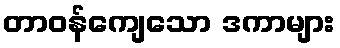
တာဝန်ကျေသော ဒကာများ